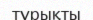
тұрықты